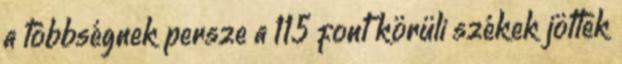
a többségnek persze a 115 font körüli székek jöttek